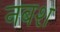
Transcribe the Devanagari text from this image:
नबश